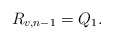
\begin{align*} R_{v,n-1}=Q_1.\end{align*}